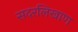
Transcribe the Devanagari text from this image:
सदरलिखाण